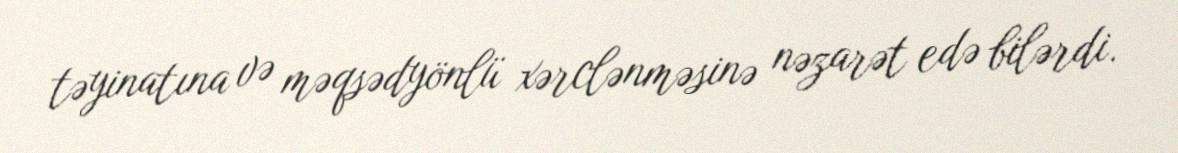
təyinatına və məqsədyönlü xərclənməsinə nəzarət edə bilərdi.